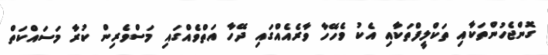
ގޮންޖެހުންތަކާއި ތަކްލީފްތަކާއި އެކު ވެހޭހާ ވާރެއެއްގައި ދޭހާ އަތްވެއްގައި މަސްވެރިން ކުރާ މަސައްކަތް